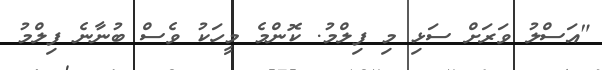
"އަސްލު ވަރަށް ސަޅި މި ފިލްމު. ކޮންމެ މީހަކު ވެސް ބުނާނެ ފިލްމު